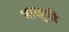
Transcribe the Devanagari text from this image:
नाखुषी